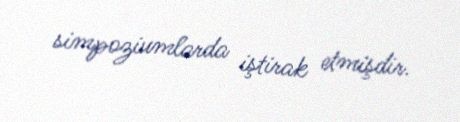
simpoziumlarda iştirak etmişdir.